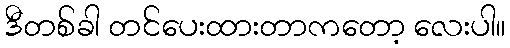
ဒီတစ်ခါ တင်ပေးထားတာကတော့ လေးပါ။